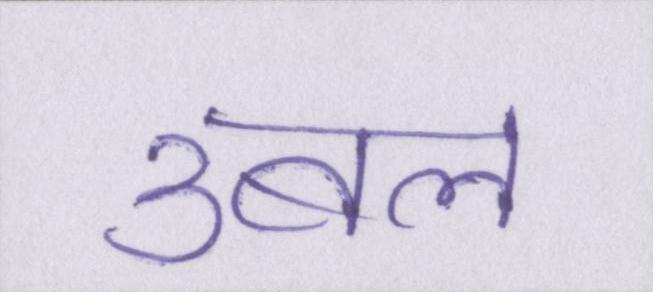
उबल